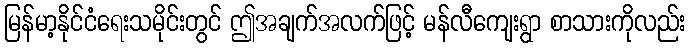
မြန်မာ့နိုင်ငံရေးသမိုင်းတွင် ဤအချက်အလက်ဖြင့် မန်လီကျေးရွာ စာသားကိုလည်း